Madras plague regulations in force outside the Presidency town - Volume 3
Disease focus: Plague
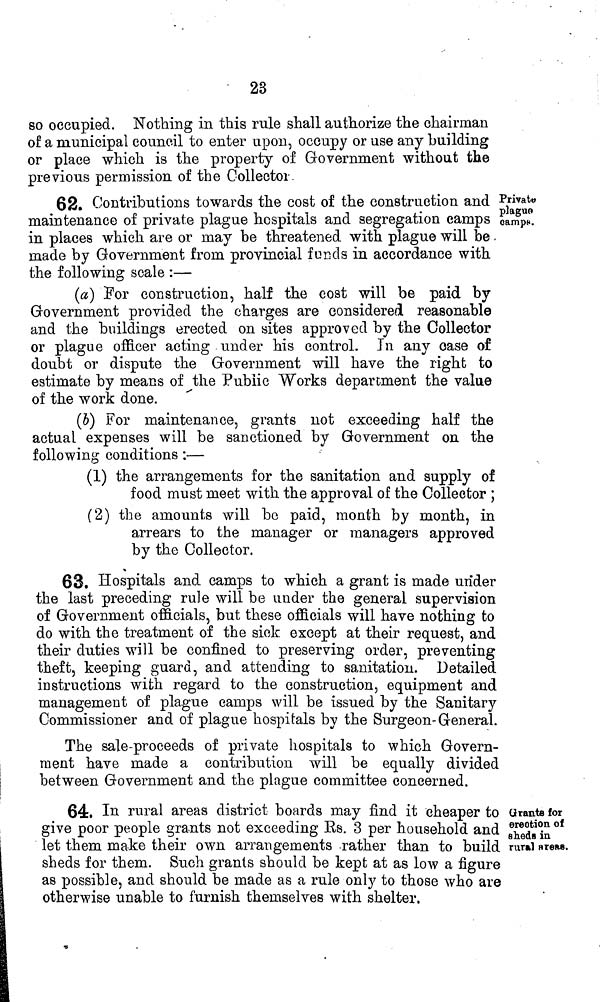
23
so occupied. Nothing in this rule shall authorize the chairman
of a municipal council to enter upon, occupy or use any building
or place which is the property oí Government without the
previous permission of the Collector
Private
plague
oamps.
62. Contributions towards the cost of the construction and
maintenance of private plague hospitals and segregation camps
in places which are or may be threatened with plague will be
made by Government from provincial funds in accordance with
the following scale :—
(a) For construction, half the cost will be paid by
Government provided the charges are considered reasonable
and the buildings erected on sites approved by the Collector
or plague officer acting under his control. In any case of
doubt or dispute the Government will have the right to
estimate by means of the Public Works department the value
of the work done.
(b) For maintenance, grants not exceeding half the
actual expenses will be sanctioned by Government on the
following conditions :—
(1) the arrangements for the sanitation and supply of
food must meet with the approval of the Collector ;
(2) the amounts will be paid, month by month, in
arrears to the manager or managers approved
by the Collector.
63. Hospitals and camps to which a grant is made under
the last preceding rule will be under the general supervision
of Government officials, but these officials will have nothing to
do with the treatment of the sick except at their request, and
their duties will be confined to preserving order, preventing
theft, keeping guard, and attending to sanitation. Detailed
instructions with regard to the construction, equipment and
management of plague camps will be issued by the Sanitary
Commissioner and of plague hospitals by the Surgeon-General.
The sale-proceeds of private hospitals to which Govern-
ment have made a contribution will be equally divided
between Government and the plague committee concerned.
Grants for
erection of
sheds in
rural areas.
64. In rural areas district boards may find it cheaper to
give poor people grants not exceeding Es. 3 per household and
let them make their own arrangements rather than to build
sheds for them. Such grants should be kept at as low a figure
as possible, and should be made as a rule only to those who are
otherwise unable to furnish themselves with shelter,